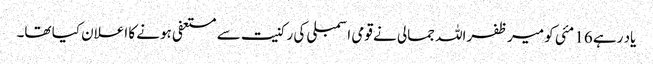
یاد رہے 16 مئی کو میر ظفراللہ جمالی نے قومی اسمبلی کی رکنیت سے مستعفی ہونے کا اعلان کیا تھا۔